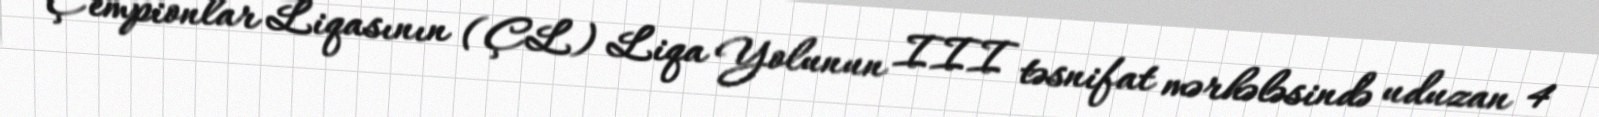
Çempionlar Liqasının (ÇL) Liqa Yolunun III təsnifat mərhələsində uduzan 4